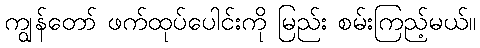
ကျွန်တော် ဖက်ထုပ်ပေါင်းကို မြည်း စမ်းကြည့်မယ်။